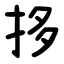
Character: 拸